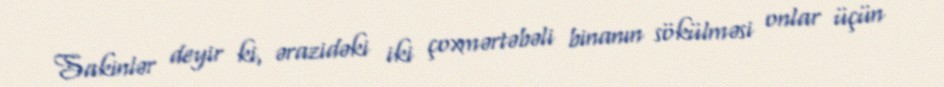
Sakinlər deyir ki, ərazidəki iki çoxmərtəbəli binanın sökülməsi onlar üçün